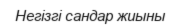
Негізгі сандар жиыны